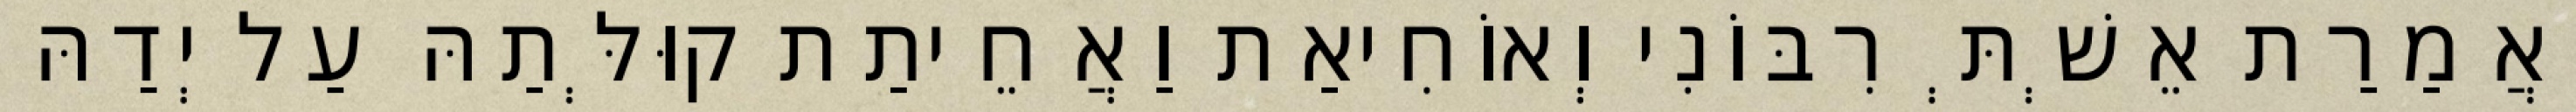
וַאֲמַרַת אֵשְׁתְּ רִבּוֹנִי וְאוֹחִיאַת וַאֲחֵיתַת קוּלְּתַהּ עַל יְדַהּ